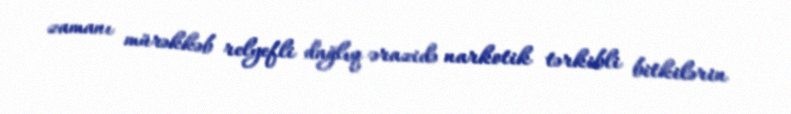
zamanı mürəkkəb relyefli dağlıq ərazidə narkotik tərkibli bitkilərin